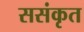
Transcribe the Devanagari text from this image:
ससंकृत